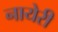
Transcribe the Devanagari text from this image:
नायेरी